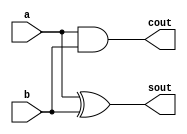
`timescale 1ns / 1ps

module half_adder(
    input a, b,
    output sout, cout
    );
    
    assign sout = a^b;
    assign cout = a&b;
    
endmodule